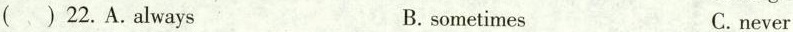
( ) 22.A.Always B.sometimes C.never